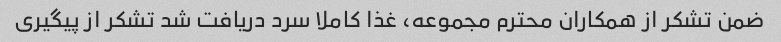
ضمن تشکر از همکاران محترم مجموعه، غذا کاملا سرد دریافت شد تشکر از پیگیری